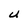
Character: U